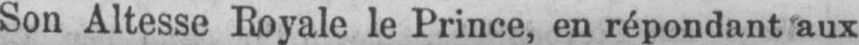
Son Altesse Royale le Prince, en répondant aux